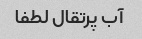
آب پرتقال لطفا